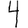
Digit: 4